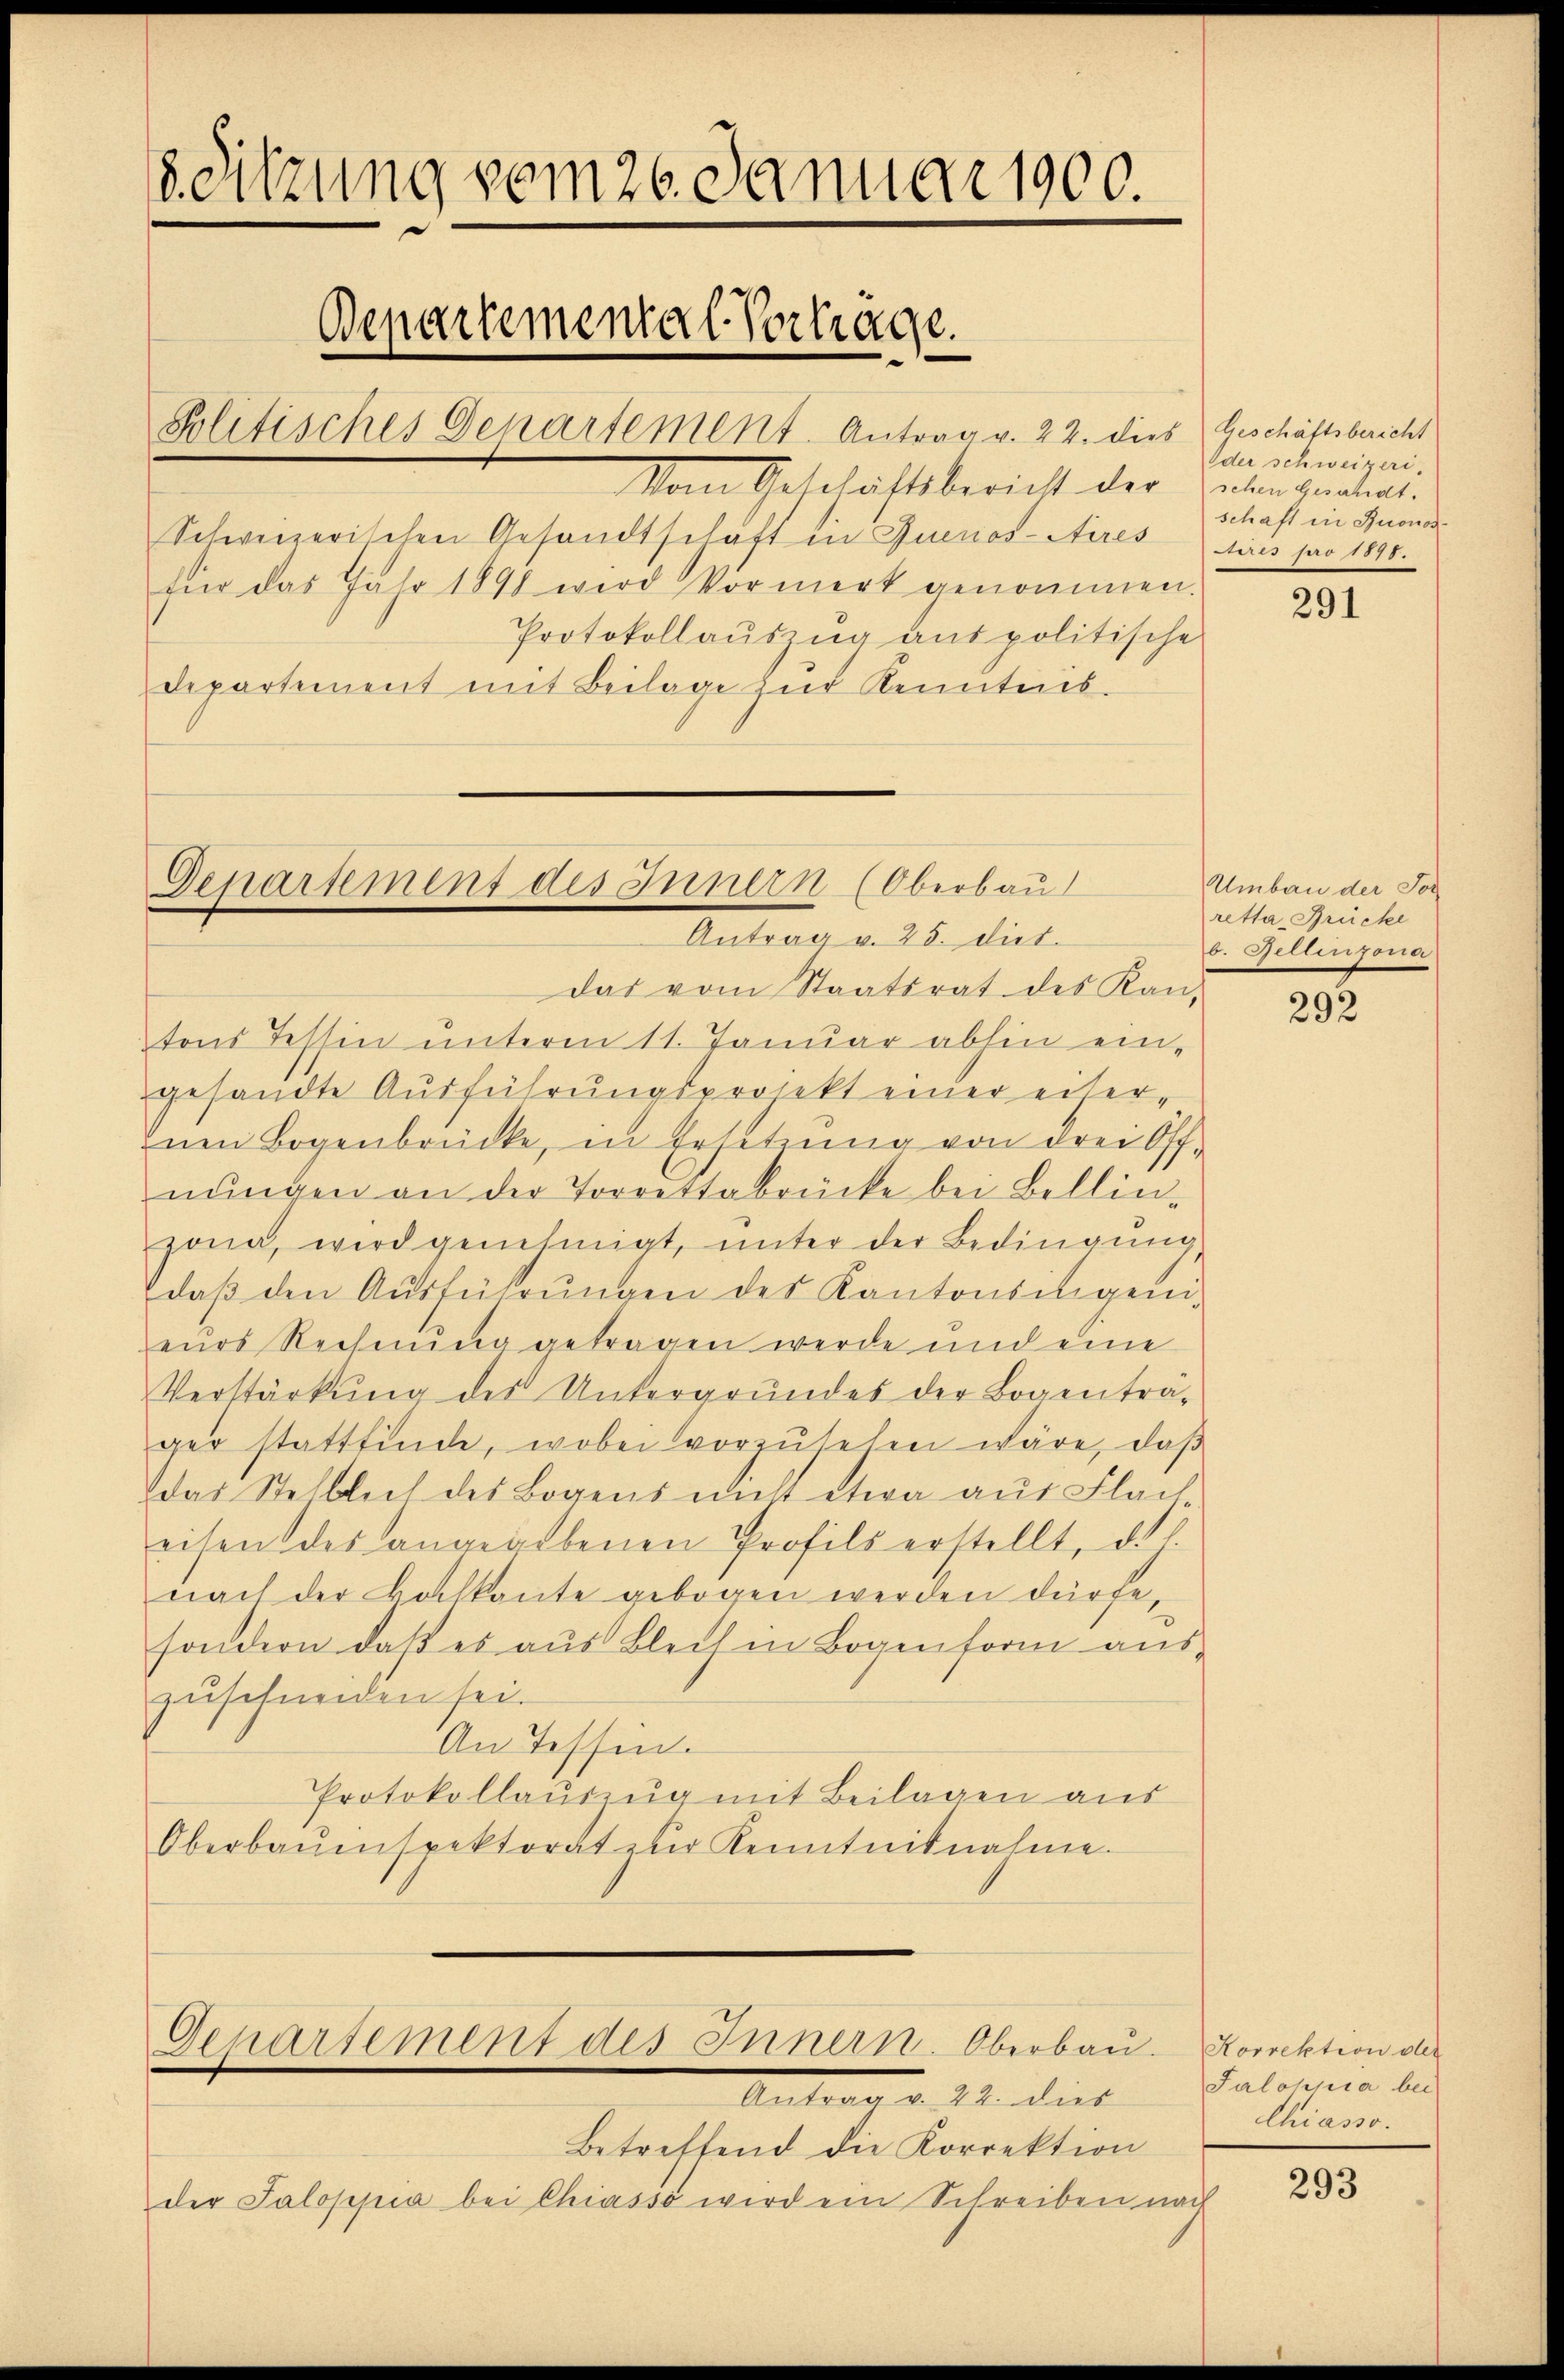
8. Sitzung vom 26. Januar 1900.
Departemental-Vortrage.
Politisches Departement. Antrag v. 22. dies Geschäftsbericht
Vom Geschäftsbericht der Lebengeahnt.

Schweizerischen Gesandtschaft in Buenos-Aires dies pro 1890.
für das Jahr 1898 wird Vormerk genommen.
Protokollauszug aus politische
departement mit Beilage zur Kenntnis-

Departement des Innern (Oberbau
Antrag v. 25. dies.

Dchartement des Innern. Oberbau. Korrektion die
Antrag v. 22. dies

Betreffend die Korrektion
der Jaloppia bei Chiasso wird ein Schreiben nach

das vom Staatsrat des Kan-
tons Tessin unterm 11. Januar abhin eingesandte Ausführungsprojekt einer eiter-
znen Bogenbrücke, in Ersetzŭng von drei Off-
nŭngen an der Torrettabrücke bei Bellin-
zona, wird genehmigt, ŭnter der Bedingŭng,
daβ den Aŭsführŭngen des Kantonsiligenieurs Rechnung getragen werde und eine
Verstärkung des Untergrundes der Bogenträ-
ger stattfinde, wobei vorzŭsehen wäre, daβ
das Stelblich des Bogens nicht etwa aus Flach
eisen des angegebenen Profils erstellt, d. 7.
nach der Bothkante gebogen werden dürfe,
sondern, daß es aus Blech in Bogenform aus-
zuschneiden sei.
An Tessin.
Protokollauszug mit Beilagen aus
Oberbauinspektorat zur Kenntnisnahme.

Oder schweizeri.
schaft in Buonos

291

Umbau der For
retta Brücke
b. Gellinzona

292

Salomnia bei
Chiasso.

293